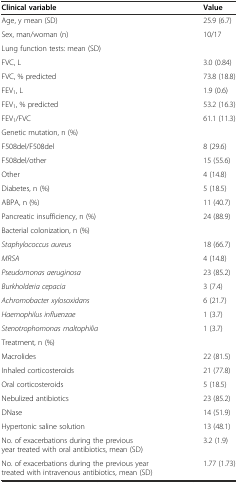
<table><thead><tr><td><b>Clinical variable</b></td><td><b>Value</b></td></tr></thead><tbody><tr><td>Age, y mean (SD)</td><td>25.9 (6.7)</td></tr><tr><td>Sex, man/woman (n)</td><td>10/17</td></tr><tr><td>Lung function tests: mean (SD)</td><td></td></tr><tr><td>FVC, L</td><td>3.0 (0.84)</td></tr><tr><td>FVC, % predicted</td><td>73.8 (18.8)</td></tr><tr><td>FEV<sub>1</sub>, L</td><td>1.9 (0.6)</td></tr><tr><td>FEV<sub>1</sub>, % predicted</td><td>53.2 (16.3)</td></tr><tr><td>FEV<sub>1</sub>/FVC</td><td>61.1 (11.3)</td></tr><tr><td>Genetic mutation, n (%)</td><td></td></tr><tr><td>F508del/F508del</td><td>8 (29.6)</td></tr><tr><td>F508del/other</td><td>15 (55.6)</td></tr><tr><td>Other</td><td>4 (14.8)</td></tr><tr><td>Diabetes, n (%)</td><td>5 (18.5)</td></tr><tr><td>ABPA, n (%)</td><td>11 (40.7)</td></tr><tr><td>Pancreatic insufficiency, n (%)</td><td>24 (88.9)</td></tr><tr><td>Bacterial colonization, n (%)</td><td></td></tr><tr><td><i>Staphylococcus aureus</i></td><td>18 (66.7)</td></tr><tr><td><i>MRSA</i></td><td>4 (14.8)</td></tr><tr><td><i>Pseudomonas aeruginosa</i></td><td>23 (85.2)</td></tr><tr><td><i>Burkholderia cepacia</i></td><td>3 (7.4)</td></tr><tr><td><i>Achromobacter xylosoxidans</i></td><td>6 (21.7)</td></tr><tr><td><i>Haemophilus influenzae</i></td><td>1 (3.7)</td></tr><tr><td><i>Stenotrophomonas maltophilia</i></td><td>1 (3.7)</td></tr><tr><td>Treatment, n (%)</td><td></td></tr><tr><td>Macrolides</td><td>22 (81.5)</td></tr><tr><td>Inhaled corticosteroids</td><td>21 (77.8)</td></tr><tr><td>Oral corticosteroids</td><td>5 (18.5)</td></tr><tr><td>Nebulized antibiotics</td><td>23 (85.2)</td></tr><tr><td>DNase</td><td>14 (51.9)</td></tr><tr><td>Hypertonic saline solution</td><td>13 (48.1)</td></tr><tr><td>No. of exacerbations during the previous year treated with oral antibiotics, mean (SD)</td><td>3.2 (1.9)</td></tr><tr><td>No. of exacerbations during the previous year treated with intravenous antibiotics, mean (SD)</td><td>1.77 (1.73)</td></tr></tbody></table>